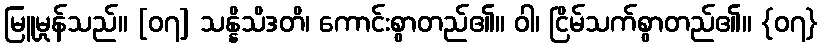
မြူမှုန်သည်။ [၀၇] သန္နိသိဒတိ၊ ကောင်းစွာတည်၏။ ဝါ၊ ငြိမ်သက်စွာတည်၏။ {၀၇}